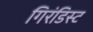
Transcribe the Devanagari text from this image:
गिरंडिस्ट